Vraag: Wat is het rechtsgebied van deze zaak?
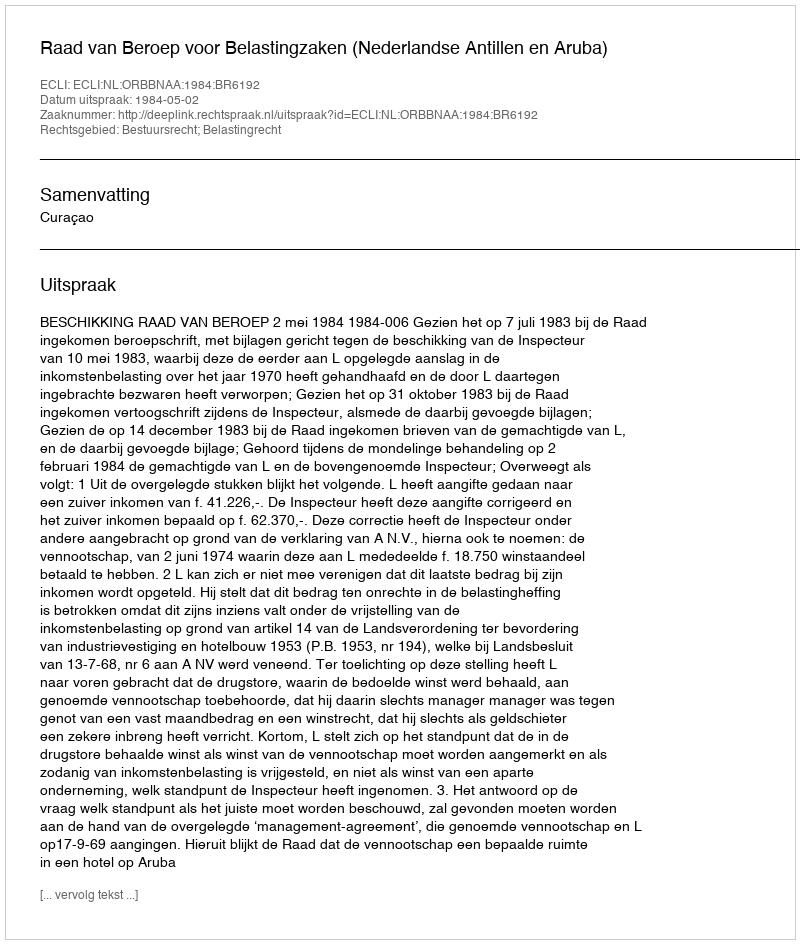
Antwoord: Bestuursrecht; Belastingrecht